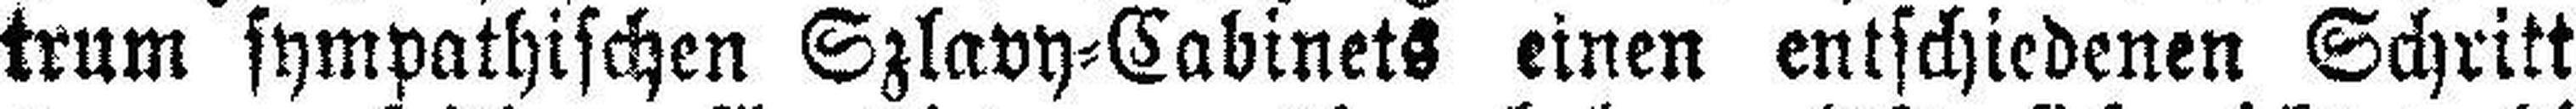
trum sympathischen Szlavy=Cabinets einen entschiedenen Schritt